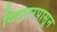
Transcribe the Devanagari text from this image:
थिएटरपासून